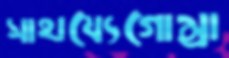
সাহায্যেগোম্‌রা